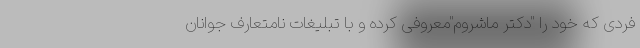
فردی که خود را "دکتر ماشروم"معروفی کرده و با تبلیغات نامتعارف جوانان